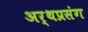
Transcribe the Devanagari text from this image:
अर्थप्रसंग